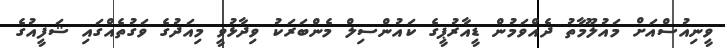
ވީނިއުސްއަށް މައުލޫމާތު ދެއްވަމުން ޑީއާރުޕީގެ ކައުންސިލް މެންބަރަކު ވިދާޅުވީ މިއަދުގެ ވަގުތެއްގައި ޝަފީއުގެ